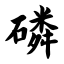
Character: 磷